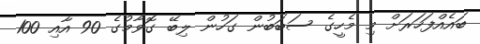
ބައެއްފަހަރަށް މި މެހީގެ ސަބަބުން ގަހުން ލިބޭ ގޮވާމުގެެ 90 އާއި 100